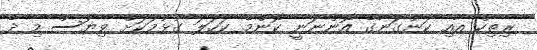
ރިތިކް އާއި ކަންގަނާގެ އޮންނަނީ ކޮންމެ ކަހަލަ ގުޅުމަކަށް ވިޔަސް މި ދެ